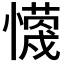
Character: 𭟈